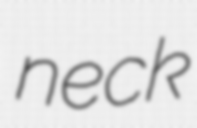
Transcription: neck